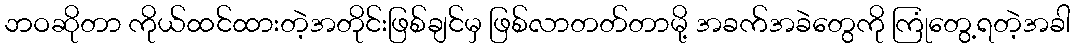
ဘဝဆိုတာ ကိုယ်ထင်ထားတဲ့အတိုင်းဖြစ်ချင်မှ ဖြစ်လာတတ်တာမို့ အခက်အခဲတွေကို ကြုံတွေ့ရတဲ့အခါ